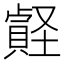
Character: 𧷎